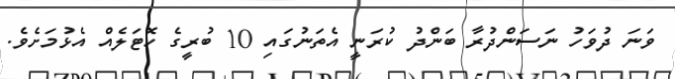
ވަނަ ދުވަހު ނަސަންދުރާ ބަންދު ކުރަނީ އެތަނުގައި 10 ބުރީގެ ހޮޓަލެއް އެޅުމަށެވެ.